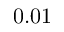
0 . 0 1